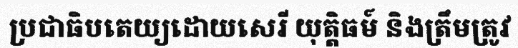
ប្រជាធិបតេយ្យដោយសេរី យុត្តិធម៍ និងត្រឹមត្រូវ